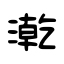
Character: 漧